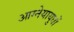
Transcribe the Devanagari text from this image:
आग्नेयायुधों